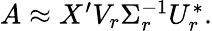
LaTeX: \begin{array}{r}{A\approx X^{\prime}V_{r}\Sigma_{r}^{-1}U_{r}^{*}.}\end{array}